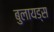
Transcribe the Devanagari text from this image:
बुलायड्स